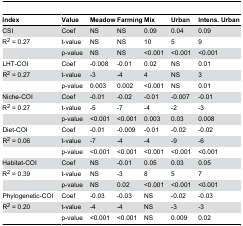
<table><thead><tr><td><b>Index</b></td><td><b>Value</b></td><td><b>Meadow</b></td><td><b>Farming</b></td><td><b>Mix</b></td><td><b>Urban</b></td><td><b>Intens. Urban</b></td></tr></thead><tbody><tr><td>CSI</td><td>Coef</td><td>NS</td><td>NS</td><td>0.09</td><td>0.04</td><td>0.09</td></tr><tr><td>R<sup>2</sup> = 0.27</td><td>t-value</td><td>NS</td><td>NS</td><td>10</td><td>5</td><td>9</td></tr><tr><td></td><td>p-value</td><td>NS</td><td>NS</td><td>&lt;0.001</td><td>&lt;0.001</td><td>&lt;0.001</td></tr><tr><td>LHT-COI</td><td>Coef</td><td>-0.008</td><td>-0.01</td><td>0.02</td><td>NS</td><td>0.01</td></tr><tr><td>R<sup>2</sup> = 0.27</td><td>t-value</td><td>-3</td><td>-4</td><td>4</td><td>NS</td><td>3</td></tr><tr><td></td><td>p-value</td><td>0.003</td><td>0.002</td><td>&lt;0.001</td><td>NS</td><td>0.01</td></tr><tr><td>Niche-COI</td><td>Coef</td><td>-0.01</td><td>-0.02</td><td>-0.01</td><td>-0.007</td><td>-0.01</td></tr><tr><td>R<sup>2</sup> = 0.27</td><td>t-value</td><td>-5</td><td>-7</td><td>-4</td><td>-2</td><td>-3</td></tr><tr><td></td><td>p-value</td><td>&lt;0.001</td><td>&lt;0.001</td><td>0.003</td><td>0.03</td><td>0.008</td></tr><tr><td>Diet-COI</td><td>Coef</td><td>-0.01</td><td>-0.009</td><td>-0.01</td><td>-0.02</td><td>-0.02</td></tr><tr><td>R<sup>2</sup> = 0.06</td><td>t-value</td><td>-7</td><td>-4</td><td>-4</td><td>-9</td><td>-6</td></tr><tr><td></td><td>p-value</td><td>&lt;0.001</td><td>&lt;0.001</td><td>&lt;0.001</td><td>&lt;0.001</td><td>&lt;0.001</td></tr><tr><td>Habitat-COI</td><td>Coef</td><td>NS</td><td>-0.01</td><td>0.05</td><td>0.03</td><td>0.05</td></tr><tr><td>R<sup>2</sup> = 0.39</td><td>t-value</td><td>NS</td><td>-3</td><td>8</td><td>5</td><td>7</td></tr><tr><td></td><td>p-value</td><td>NS</td><td>0.02</td><td>&lt;0.001</td><td>&lt;0.001</td><td>&lt;0.001</td></tr><tr><td>Phylogenetic-COI</td><td>Coef</td><td>-0.03</td><td>-0.03</td><td>NS</td><td>-0.02</td><td>-0.03</td></tr><tr><td>R<sup>2</sup> = 0.20</td><td>t-value</td><td>-4</td><td>-4</td><td>NS</td><td>-3</td><td>-3</td></tr><tr><td></td><td>p-value</td><td>&lt;0.001</td><td>&lt;0.001</td><td>NS</td><td>0.009</td><td>0.02</td></tr></tbody></table>